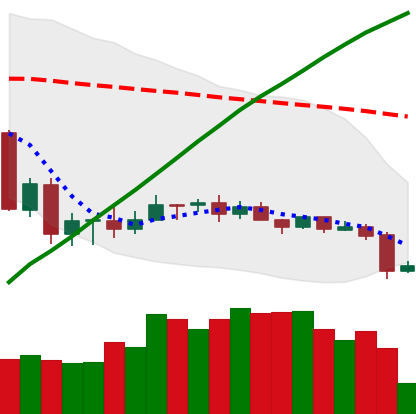
Ticker: ADA-USD
Chart end date: 2020-09-22
Forward return: 23.892%
Label: up_7plus